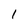
Character: 1